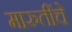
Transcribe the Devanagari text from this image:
मारुतींचे